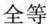
全等